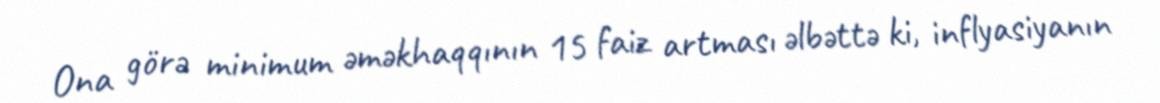
Ona görə minimum əməkhaqqının 15 faiz artması əlbəttə ki, inflyasiyanın